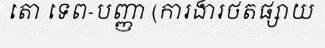
តោ ទេព-បញ្ញា (ការងារថតផ្សាយ